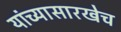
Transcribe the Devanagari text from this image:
यांच्यासारखेच